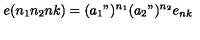
e ( n _ { 1 } n _ { 2 } n k ) = ( a _ { 1 } " ) ^ { n _ { 1 } } ( a _ { 2 } " ) ^ { n _ { 2 } } e _ { n k }